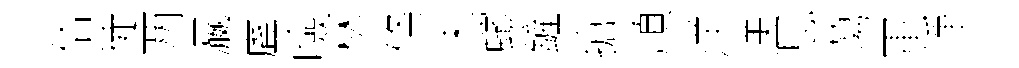
俗徒两瀛虗噞林條末蠙鏟搶順洋渼㤙蕩軍淨